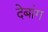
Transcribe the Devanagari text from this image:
देबांग